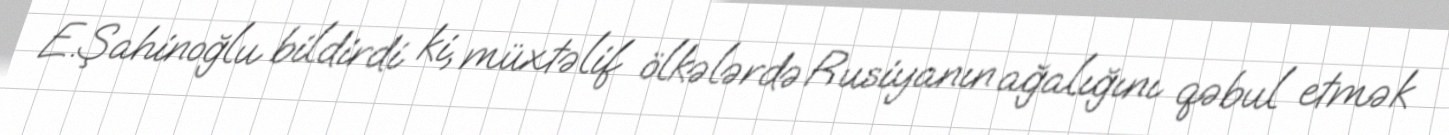
E.Şahinoğlu bildirdi ki, müxtəlif ölkələrdə Rusiyanın ağalığını qəbul etmək